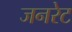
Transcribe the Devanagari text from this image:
जनरेट